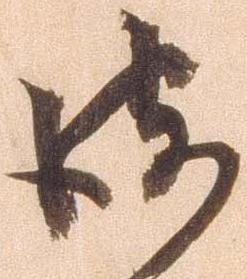
彼